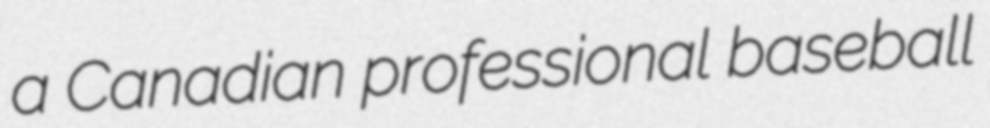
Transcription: a Canadian professional baseball